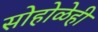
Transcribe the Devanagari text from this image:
सोहोळेही